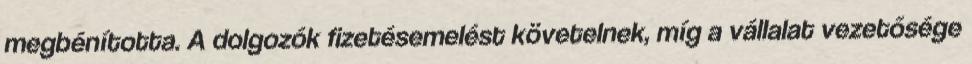
megbénította. A dolgozók fizetésemelést követelnek, míg a vállalat vezetősége